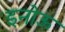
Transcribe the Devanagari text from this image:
इनोऊ